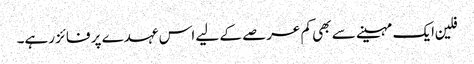
فلین ایک مہینے سے بھی کم عرصے کے لیے اس عہدے پر فائز رہے۔